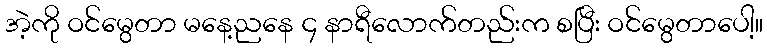
အဲ့ကို ဝင်မွေတာ မနေ့ညနေ ၄ နာရီလောက်တည်းက စပြီး ဝင်မွေတာပေါ့။